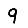
Digit: 9